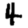
Digit: 4